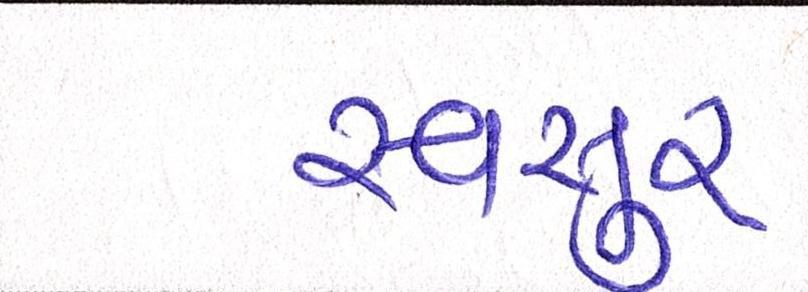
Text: સ્વસુર